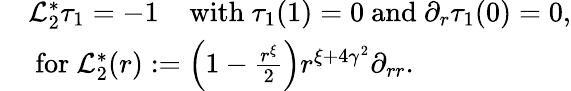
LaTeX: \begin{array}{rl}&{\mathcal L_{2}^{*}\tau_{1}=-1\; \; \; \mathrm{~with~}\tau_{1}(1)=0\mathrm{~and~}\partial_{r}\tau_{1}(0)=0,}\\ &{\mathrm{~for~}\mathcal L_{2}^{*}(r):=\left(1-\frac{r^{\xi}}{2}\right)r^{\xi+4\gamma^{2}}\partial_{rr}.}\end{array}